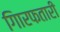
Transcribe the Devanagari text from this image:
गिारफतारी